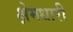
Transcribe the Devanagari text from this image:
क्षेमधारी